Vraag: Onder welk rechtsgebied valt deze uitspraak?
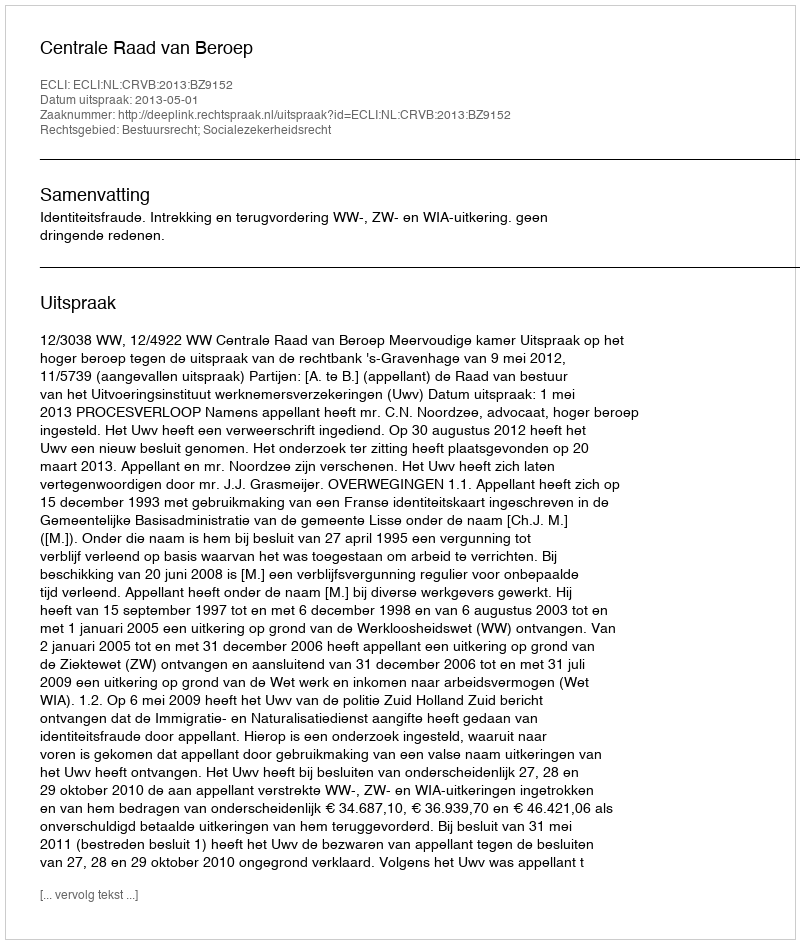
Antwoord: Bestuursrecht; Socialezekerheidsrecht